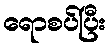
ရောစပ်ပြီး